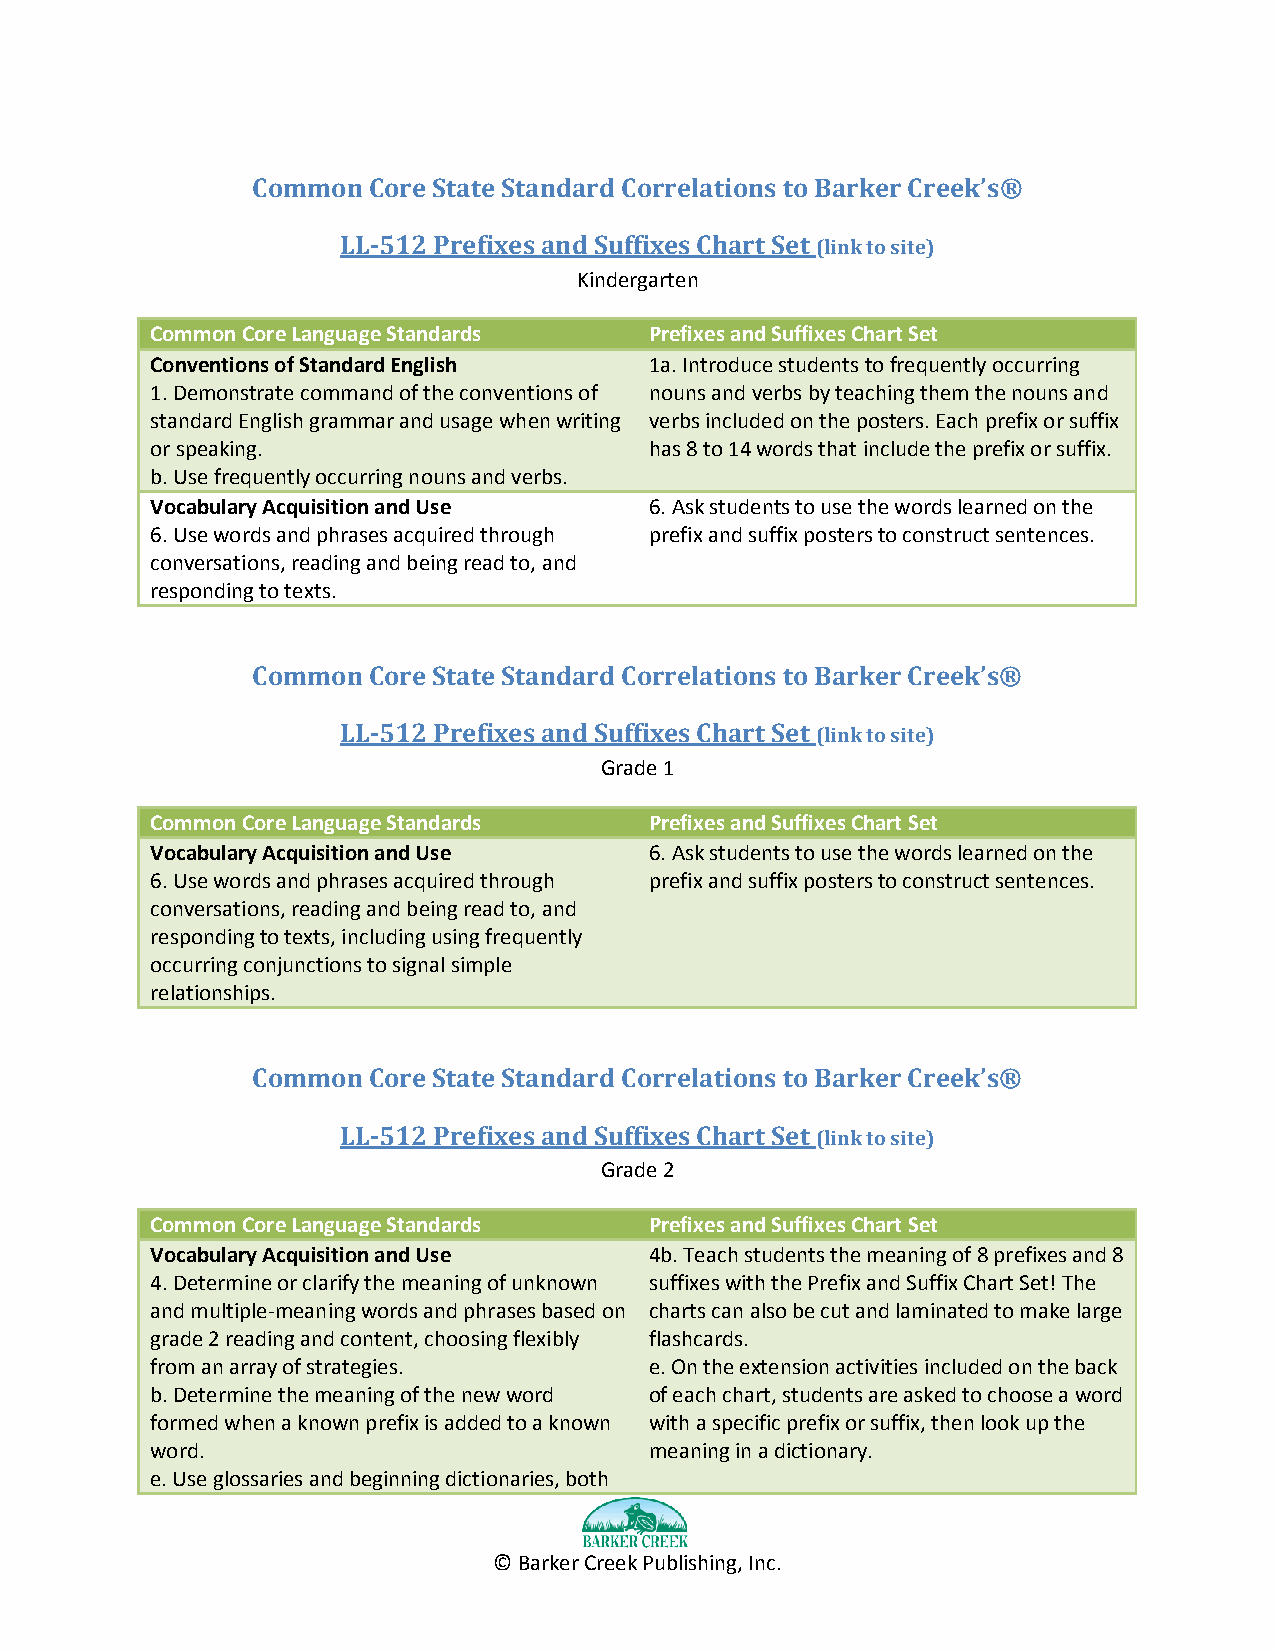
Common Core State Standard Correlations to Barker Creek’s®
 LL-512 Prefixes and Suffixes Chart Set (link to site)
 Kindergarten
 Common Core Language Standards   Prefixes and Suffixes Chart Set
 Conventions of Standard English  1a. Introduce students to frequently occurring
 1. Demonstrate command of the conventions of nouns and verbs by teaching them the nouns and
 standard English grammar and usage when writing verbs included on the posters. Each prefix or suffix
 or speaking.                     has 8 to 14 words that include the prefix or suffix.
 b. Use frequently occurring nouns and verbs.
 Vocabulary Acquisition and Use   6. Ask students to use the words learned on the
 6. Use words and phrases acquired through prefix and suffix posters to construct sentences.
 conversations, reading and being read to, and
 responding to texts.
 Common Core State Standard Correlations to Barker Creek’s®
 LL-512 Prefixes and Suffixes Chart Set (link to site)
 Grade 1
 Common Core Language Standards   Prefixes and Suffixes Chart Set
 Vocabulary Acquisition and Use   6. Ask students to use the words learned on the
 6. Use words and phrases acquired through prefix and suffix posters to construct sentences.
 conversations, reading and being read to, and
 responding to texts, including using frequently
 occurring conjunctions to signal simple
 relationships.
 Common Core State Standard Correlations to Barker Creek’s®
 LL-512 Prefixes and Suffixes Chart Set (link to site)
 Grade 2
 Common Core Language Standards   Prefixes and Suffixes Chart Set
 Vocabulary Acquisition and Use   4b. Teach students the meaning of 8 prefixes and 8
 4. Determine or clarify the meaning of unknown suffixes with the Prefix and Suffix Chart Set! The
 and multiple-meaning words and phrases based on charts can also be cut and laminated to make large
 grade 2 reading and content, choosing flexibly flashcards.
 from an array of strategies.     e. On the extension activities included on the back
 b. Determine the meaning of the new word of each chart, students are asked to choose a word
 formed when a known prefix is added to a known with a specific prefix or suffix, then look up the
 word.                            meaning in a dictionary.
 e. Use glossaries and beginning dictionaries, both
 © Barker Creek Publishing, Inc.